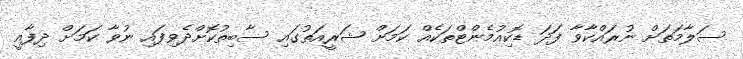
ސަލާމަތަށް ނުރައްކާވާ ފަދަ ޑޮކިއުމެންޓްތަކެއް ކަމަށް ޝަރީއަތުގައި ސާބިތުކޮށްދެވިފައި ނުވާ ކަމަށް ދިފާއީ